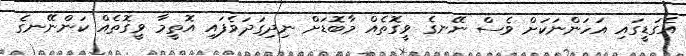
އެގަޑީގައި އަހަންނަކަށް ވެސް ނޭނގެ ވީގޮތެއް މާބޮޑަށް ނިދިގަދަވެފައި އޮތީމާ ވީގޮތެއް ކަންނޭނގެ